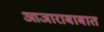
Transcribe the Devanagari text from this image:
आजाराबाबात